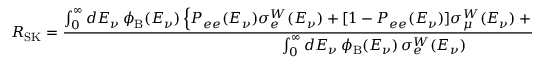
R _ { \mathrm { S K } } = \frac { \int _ { 0 } ^ { \infty } d E _ { \nu } \, \phi _ { \mathrm { B } } ( E _ { \nu } ) \left\{ P _ { e e } ( E _ { \nu } ) \sigma _ { e } ^ { W } ( E _ { \nu } ) + [ 1 - P _ { e e } ( E _ { \nu } ) ] \sigma _ { \mu } ^ { W } ( E _ { \nu } ) + \mu _ { \mathrm { L M A } } ^ { 2 } ( E _ { \nu } ) \sigma _ { \mathrm { e m } } ^ { \prime } ( E _ { \nu } ) \right\} } { \int _ { 0 } ^ { \infty } d E _ { \nu } \, \phi _ { \mathrm { B } } ( E _ { \nu } ) \, \sigma _ { e } ^ { W } ( E _ { \nu } ) } \, ,